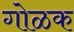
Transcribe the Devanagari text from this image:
गोळक